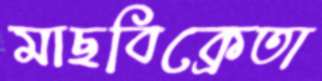
মাছবিক্রেতা